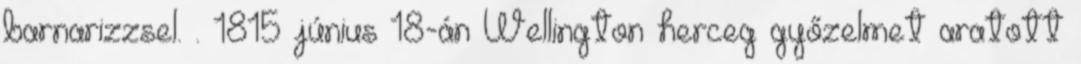
barnarizzsel. . 1815 június 18-án Wellington herceg győzelmet aratott